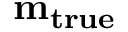
\mathbf { m _ { t r u e } }